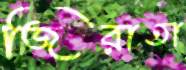
জিরাতা